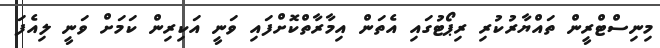
މިނިސްޓްރީން ތައްޔާރުކުރި ރިޕޯޓުގައި އެތަން އިމާރާތްކޮށްފައި ވަނީ އަކިރިން ކަމަށް ވަނީ ލިއެފަ